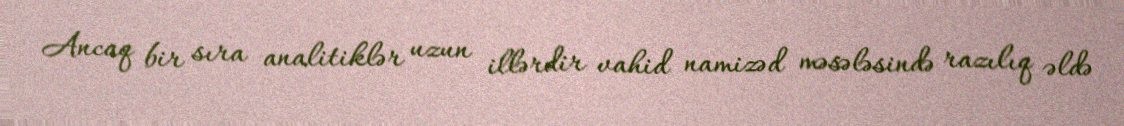
Ancaq bir sıra analitiklər uzun illərdir vahid namizəd məsələsində razılıq əldə